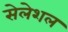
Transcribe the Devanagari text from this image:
सेलेशल